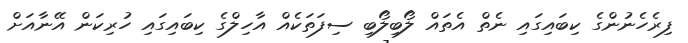
ފިރެހެނުންގެ ކިބައިގައި ނެތް އެތައް ލޯބިލޯބި ސިފަތަކެއް އާހިލްގެ ކިބައިގައި ހުރިކަން އޭނާއަށް